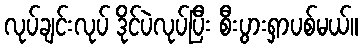
လုပ်ချင်းလုပ် ဒိုင်ပဲလုပ်ပြီး စီးပွားရှာပစ်မယ်။